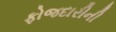
ફોજદારીની